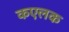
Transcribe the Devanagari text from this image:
कएलक